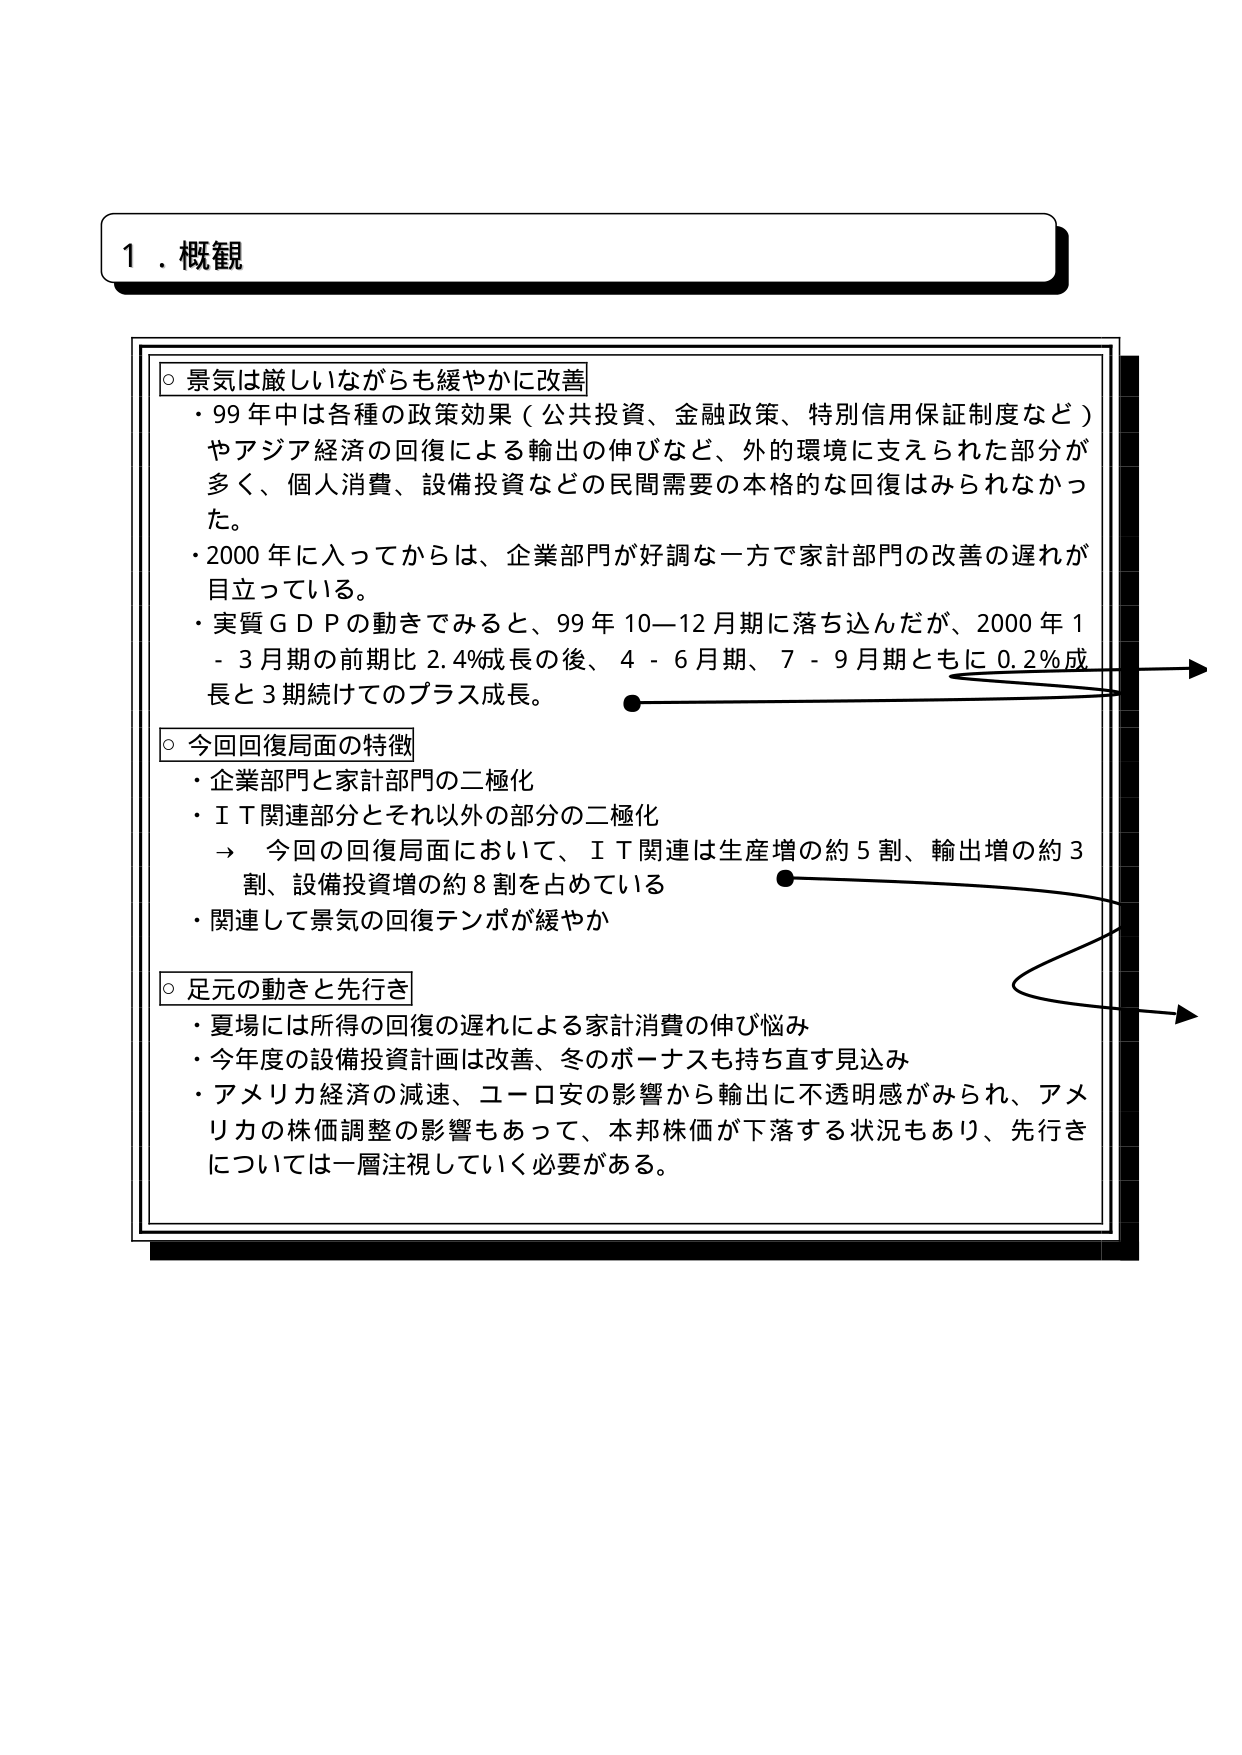
1．概観

○ 景気は厳しいながらも緩やかに改善
・99年中は各種の政策効果（公共投資、金融政策、特別信用保証制度など）やアジア経済の回復による輸出の伸びなど、外的環境に支えられた部分が多く、個人消費、設備投資などの民間需要の本格的な回復はみられなかった。
・2000年に入ってからは、企業部門が好調な一方で家計部門の改善の遅れが目立っている。
・実質ＧＤＰの動きでみると、99年10－12月期に落ち込んだが、2000年1－3月期の前期比2.4％成長の後、4－6月期、7－9月期ともに0.2％成長と3期続けてのプラス成長。

○ 今回回復局面の特徴
・企業部門と家計部門の二極化
・ＩＴ関連部分とそれ以外の部分の二極化
　→ 今回の回復局面において、ＩＴ関連は生産増の約5割、輸出増の約3割、設備投資増の約8割を占めている
・関連して景気の回復テンポが緩やか

○ 足元の動きと先行き
・夏場には所得の回復の遅れによる家計消費の伸び悩み
・今年度の設備投資計画は改善、冬のボーナスも持ち直す見込み
・アメリカ経済の減速、ユーロ安の影響から輸出に不透明感がみられ、アメリカの株価調整の影響もあって、本邦株価が下落する状況もあり、先行きについては一層注視していく必要がある。